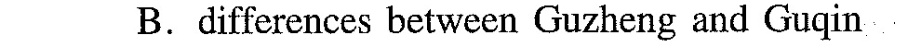
B.differcnces between Guzheng and Guqin